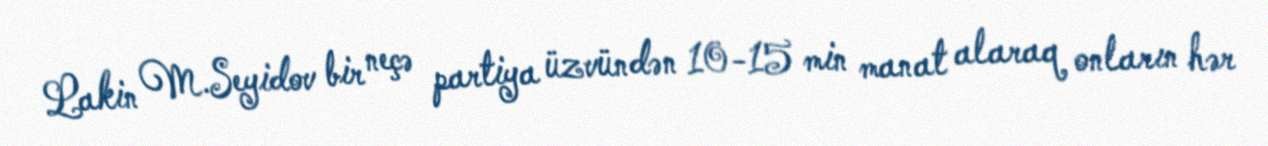
Lakin M.Seyidov bir neçə partiya üzvündən 10-15 min manat alaraq onların hər